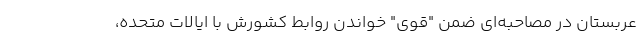
عربستان در مصاحبه‌ای ضمن "قوی" خواندن روابط کشورش با ایالات متحده،